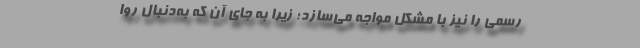
رسمی را نیز با مشکل مواجه می‌سازد؛ زیرا به جای آن که به‌دنبال روا